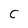
Character: C